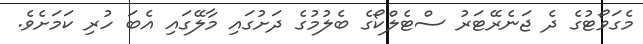
މެގަވޯޓުގެ ދެ ޖަނެރޭޓަރު ސްޓެލްކޯގެ ބެލުމުގެ ދަށުގައި މާލޭގައި އެބަ ހުރި ކަމަށެވެ.